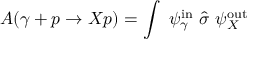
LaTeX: { \cal A } ( \gamma + p \rightarrow X p ) = \int ~ \psi _ { \gamma } ^ { \mathrm { i n } } ~ { \hat { \sigma } } ~ \psi _ { X } ^ { \mathrm { o u t } }